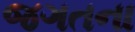
જગતના